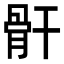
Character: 骭